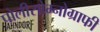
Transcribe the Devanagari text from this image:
पोलीसोम्नोग्राफी